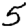
Digit: 5